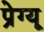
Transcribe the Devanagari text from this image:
प्रेग्यू